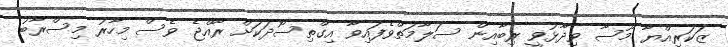
ޒަކަރިއްޔާ މޫސާ ވިދާޅުވީ ރިބާއިން ސަލާމަތްވެފައިވާ އިގްތިސޯދަކަށް ރާއްޖެ ވެސް މިހާރު މިސްރާބު